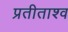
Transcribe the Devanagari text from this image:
प्रतीताश्व